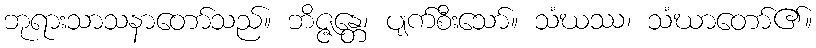
ဘုရားသာသနာတော်သည်။ ဘိဇ္ဇန္တေ၊ ပျက်စီးသော်။ သံဃဿ၊ သံဃာတော်၏။